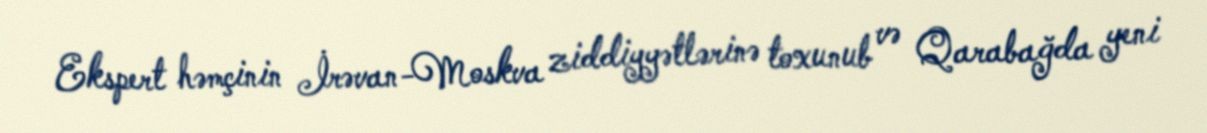
Ekspert həmçinin İrəvan-Moskva ziddiyyətlərinə toxunub və Qarabağda yeni